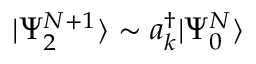
| \Psi _ { 2 } ^ { N + 1 } \rangle \sim a _ { k } ^ { \dagger } | \Psi _ { 0 } ^ { N } \rangle